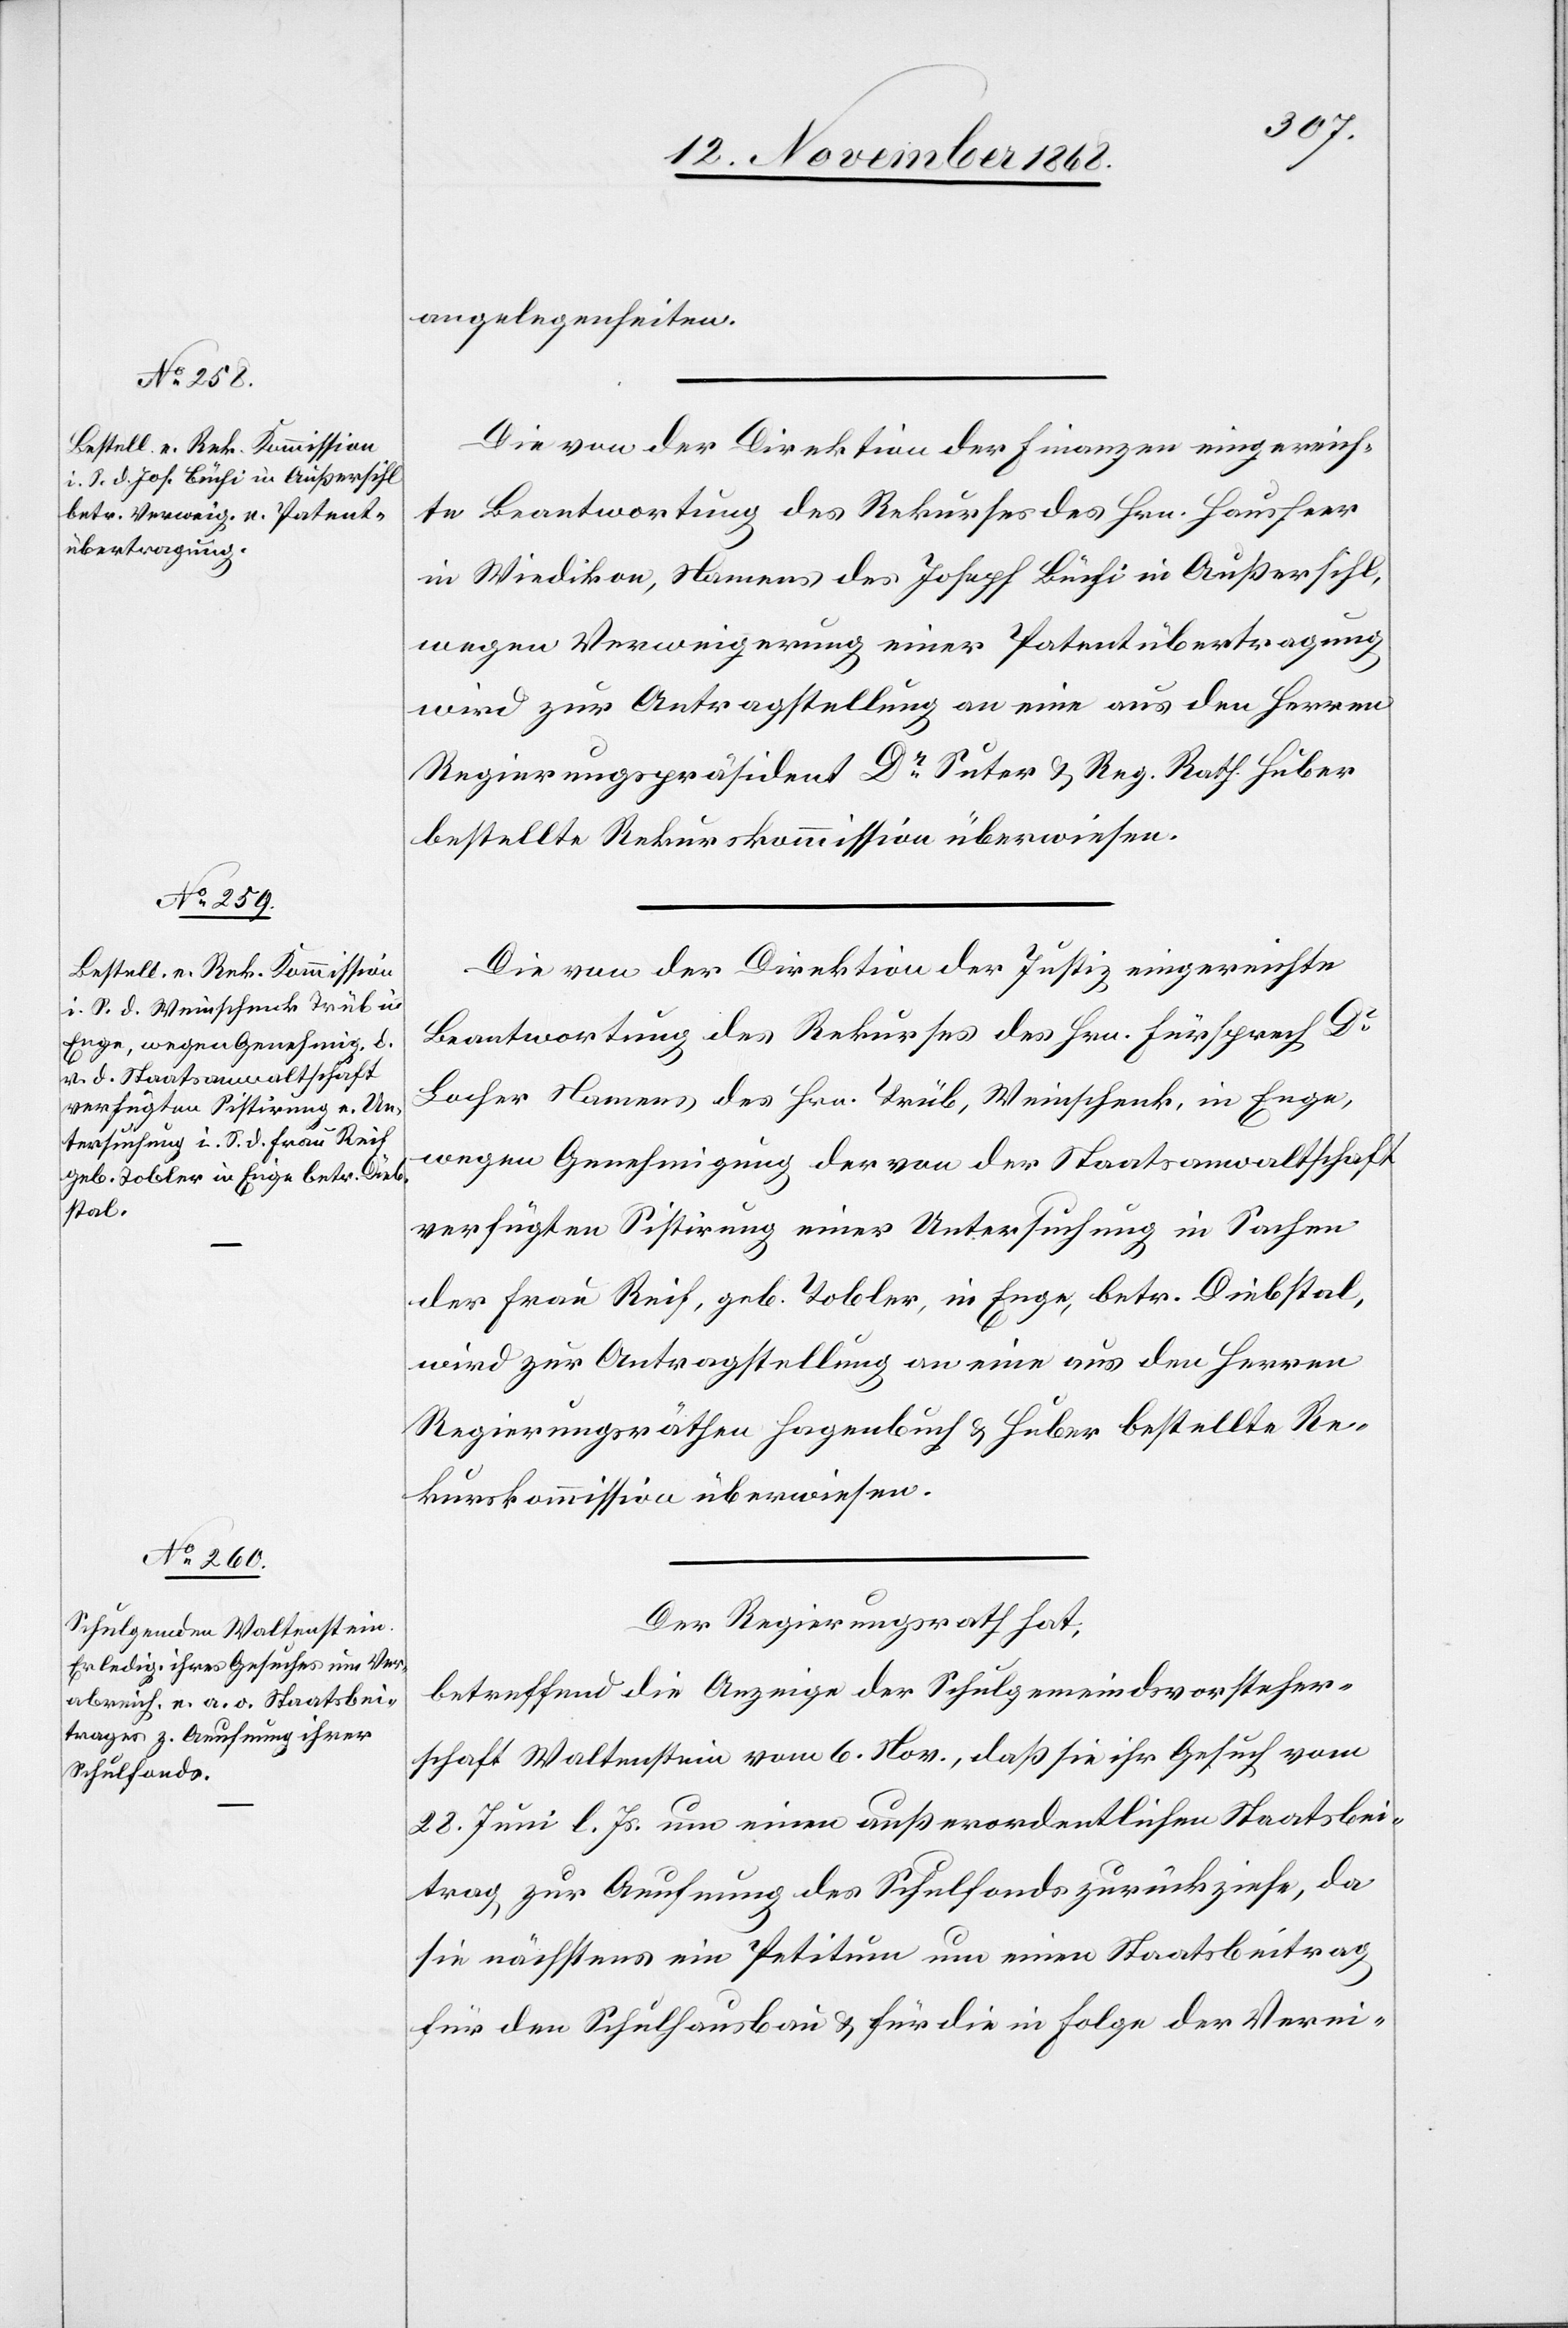
angelegenheiten.
Die von der Direktion der Finanzen eingereich¬
te Beantwortung des Rekurses des Hrn. Hausheer
in Wiedikon, Namens des Joseph Büchi in Außersihl,
wegen Verweigerung einer Patentübertragung
wird zur Antragstellung an eine aus den Herren
Regierungspräsident Dr Suter & Reg. Rath Huber
bestellte Rekurskommission überwiesen.
Die von der Direktion der Justiz eingereichte
Beantwortung des Rekurses des Hrn. Fürsprech Dr
Locher Namens des Hrn. Trüb, Weinschenk, in Enge,
wegen Genehmigung der von der Staatsanwaltschaft
verfügten Sistirung einer Untersuchung in Sachen
der Frau Reif, geb. Tobler, in Enge, betr. Diebstal,
wird zur Antragstellung an eine aus den Herren
Regierungsräthen Hagenbuch & Huber bestellte Re¬
kurskommission überwiesen.
Der Regierungsrath hat,
betreffend die Anzeige der Schulgemeindsvorsteher¬
schaft Waltenstein vom 6. Nov., daß sie ihr Gesuch vom
28. Juni l. Js. um einen außerordentlichen Staatsbei¬
trag zur Aeufnung des Schulfonds zurückziehe, da
sie nächstens ein Petitum um einen Staatsbeitrag
für den Schulhausbau & für die in Folge der Verei-